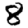
Digit: 8